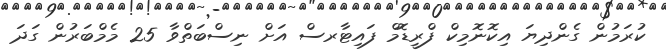
ކުރަމުން ގެންދިޔަ އިކޮނޮމިކް ފްރީޑޮމް ފައިޓާރސް އަށް ނިސްބަތްވާ 25 މެމްބަރުން ގަދަ